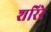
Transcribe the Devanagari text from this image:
शरिरे